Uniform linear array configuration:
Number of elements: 12
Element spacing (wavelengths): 1
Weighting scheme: exponential
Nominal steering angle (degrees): -30
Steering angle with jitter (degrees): -29.727
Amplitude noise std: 0.05
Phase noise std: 0.05

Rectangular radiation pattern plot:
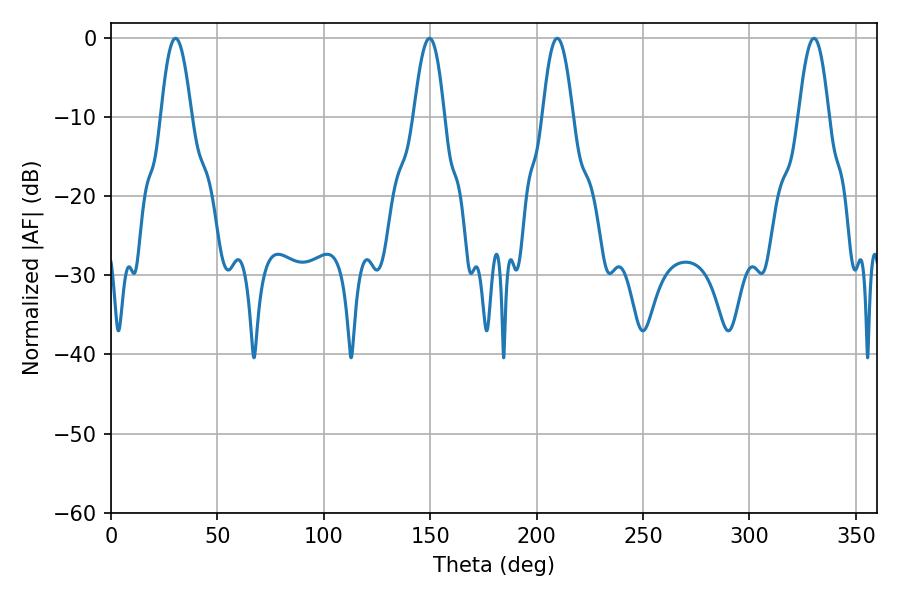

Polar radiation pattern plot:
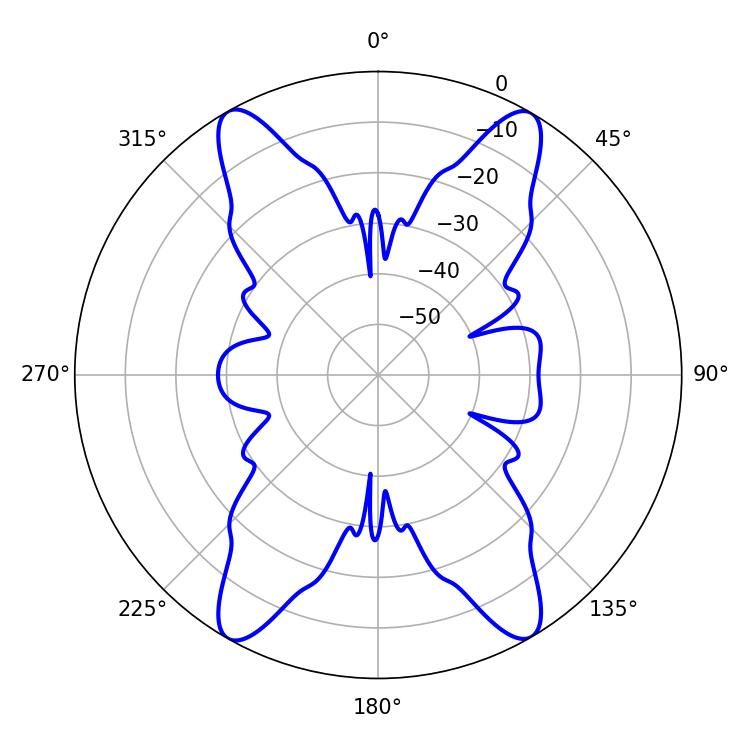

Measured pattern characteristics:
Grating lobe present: TRUE
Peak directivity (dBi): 25.723
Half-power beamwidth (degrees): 7.74
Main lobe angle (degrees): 209.7